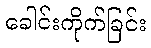
ခေါင်းကိုက်ခြင်း